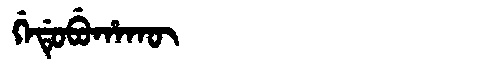
Manchu: ᡤᡝᡩᡠᠪᡠᡥᠠᡴᡡ
Romanization: GEDUBUHAKŪ